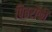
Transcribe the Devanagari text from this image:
पितरोंकी